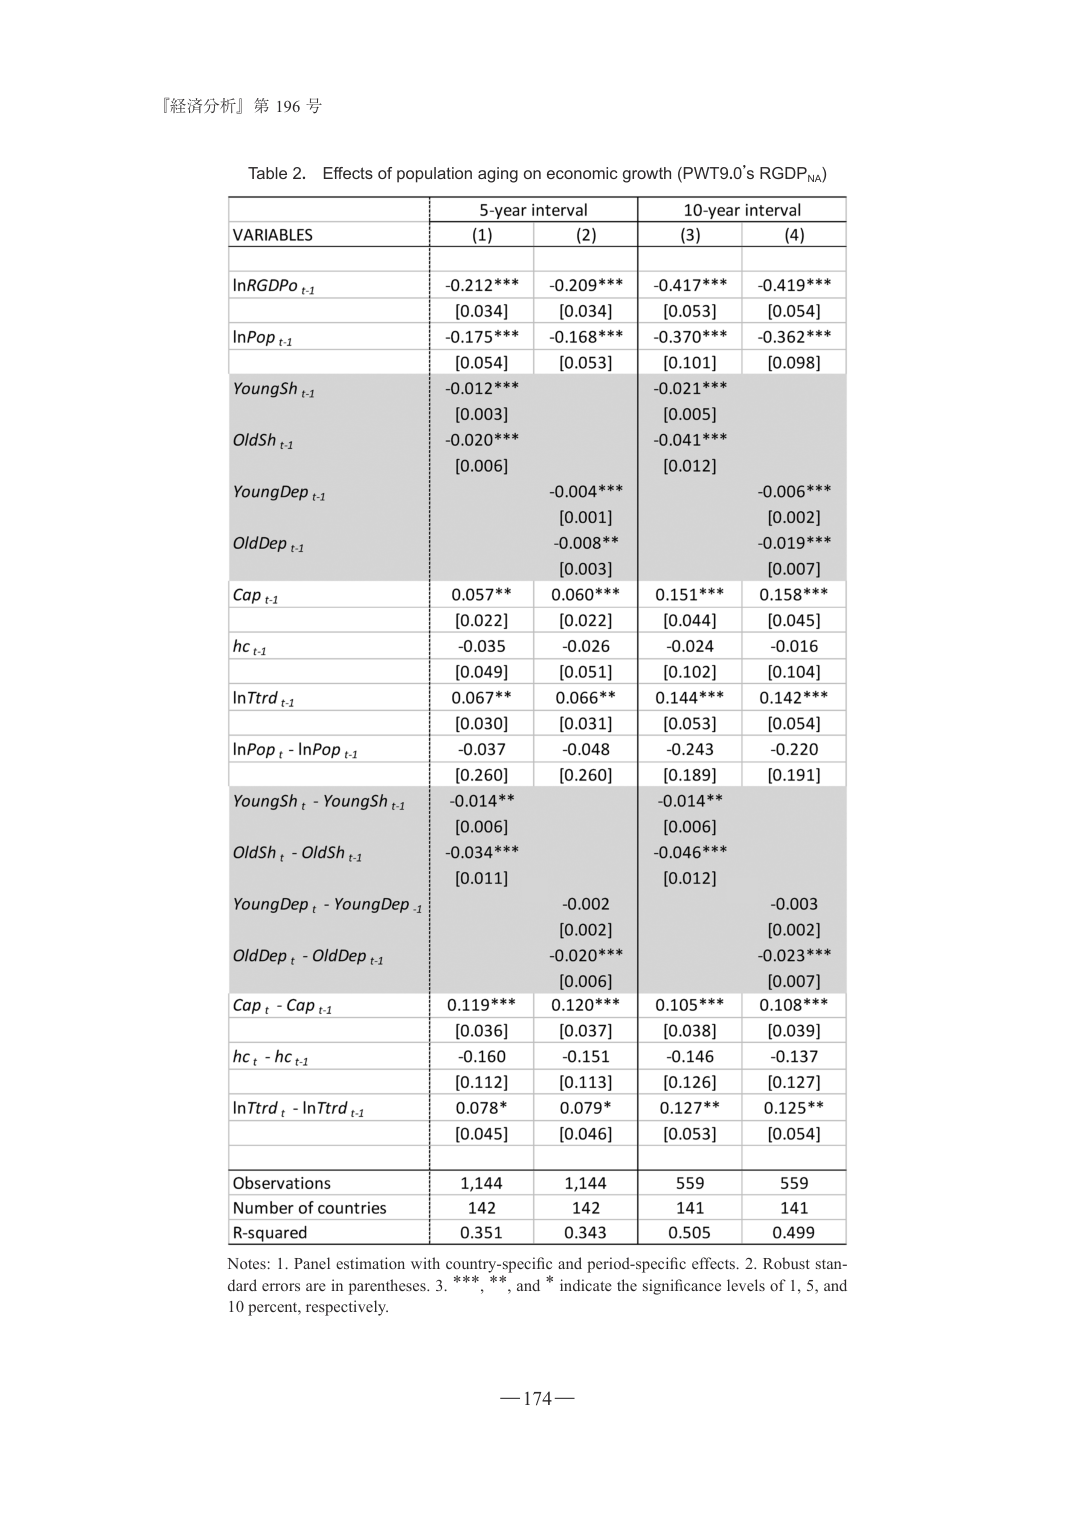
『経済分析』第 196 号

Table 2. Effects of population aging on economic growth (PWT9.0’s RGDPNA)

VARIABLES | 5-year interval | 10-year interval
--- | --- | ---
 | (1) | (2) | (3) | (4)
lnRGDPt-1 | -0.212*** | -0.209*** | -0.417*** | -0.419***
 | [0.034] | [0.034] | [0.053] | [0.054]
lnPopt-1 | -0.175*** | -0.168*** | -0.370*** | -0.362***
 | [0.054] | [0.053] | [0.101] | [0.098]
YoungSht-1 | -0.012*** | | -0.021*** |
 | [0.003] | | [0.005] |
OldSht-1 | -0.020*** | | -0.041*** |
 | [0.006] | | [0.012] |
YoungDept-1 | | -0.004*** | | -0.006***
 | | [0.001] | | [0.002]
OldDept-1 | | -0.008** | | -0.019***
 | | [0.003] | | [0.007]
Cap t-1 | 0.057** | 0.060*** | 0.151*** | 0.158***
 | [0.022] | [0.022] | [0.044] | [0.045]
hc t-1 | -0.035 | -0.026 | -0.024 | -0.016
 | [0.049] | [0.051] | [0.102] | [0.104]
lnTrdt-1 | 0.067** | 0.066** | 0.144*** | 0.142***
 | [0.030] | [0.031] | [0.053] | [0.054]
lnPopt - lnPopt-1 | -0.037 | -0.048 | -0.243 | -0.220
 | [0.260] | [0.260] | [0.189] | [0.191]
YoungSht - YoungSht-1 | -0.014** | | -0.014** |
 | [0.006] | | [0.006] |
OldSht - OldSht-1 | -0.034*** | | -0.046*** |
 | [0.011] | | [0.012] |
YoungDept - YoungDept-1 | | -0.002 | | -0.003
 | | [0.002] | | [0.002]
OldDept - OldDept-1 | | -0.020*** | | -0.023***
 | | [0.006] | | [0.007]
Cap t - Cap t-1 | 0.119*** | 0.120*** | 0.105*** | 0.108***
 | [0.036] | [0.037] | [0.038] | [0.039]
hc t - hc t-1 | -0.160 | -0.151 | -0.146 | -0.137
 | [0.112] | [0.113] | [0.126] | [0.127]
lnTrdt - lnTrdt-1 | 0.078* | 0.079* | 0.127** | 0.125**
 | [0.045] | [0.046] | [0.053] | [0.054]
Observations | 1,144 | 1,144 | 559 | 559
Number of countries | 142 | 142 | 141 | 141
R-squared | 0.351 | 0.343 | 0.505 | 0.499

Notes: 1. Panel estimation with country-specific and period-specific effects. 2. Robust standard errors are in parentheses. 3. ***, **, and * indicate the significance levels of 1, 5, and 10 percent, respectively.

— 174 —